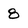
Character: 8